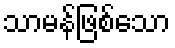
သာမန်ဖြစ်သော